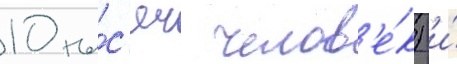
10 ты́с'яч челов'е́к) и́